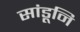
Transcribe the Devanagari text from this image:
सांडूनि